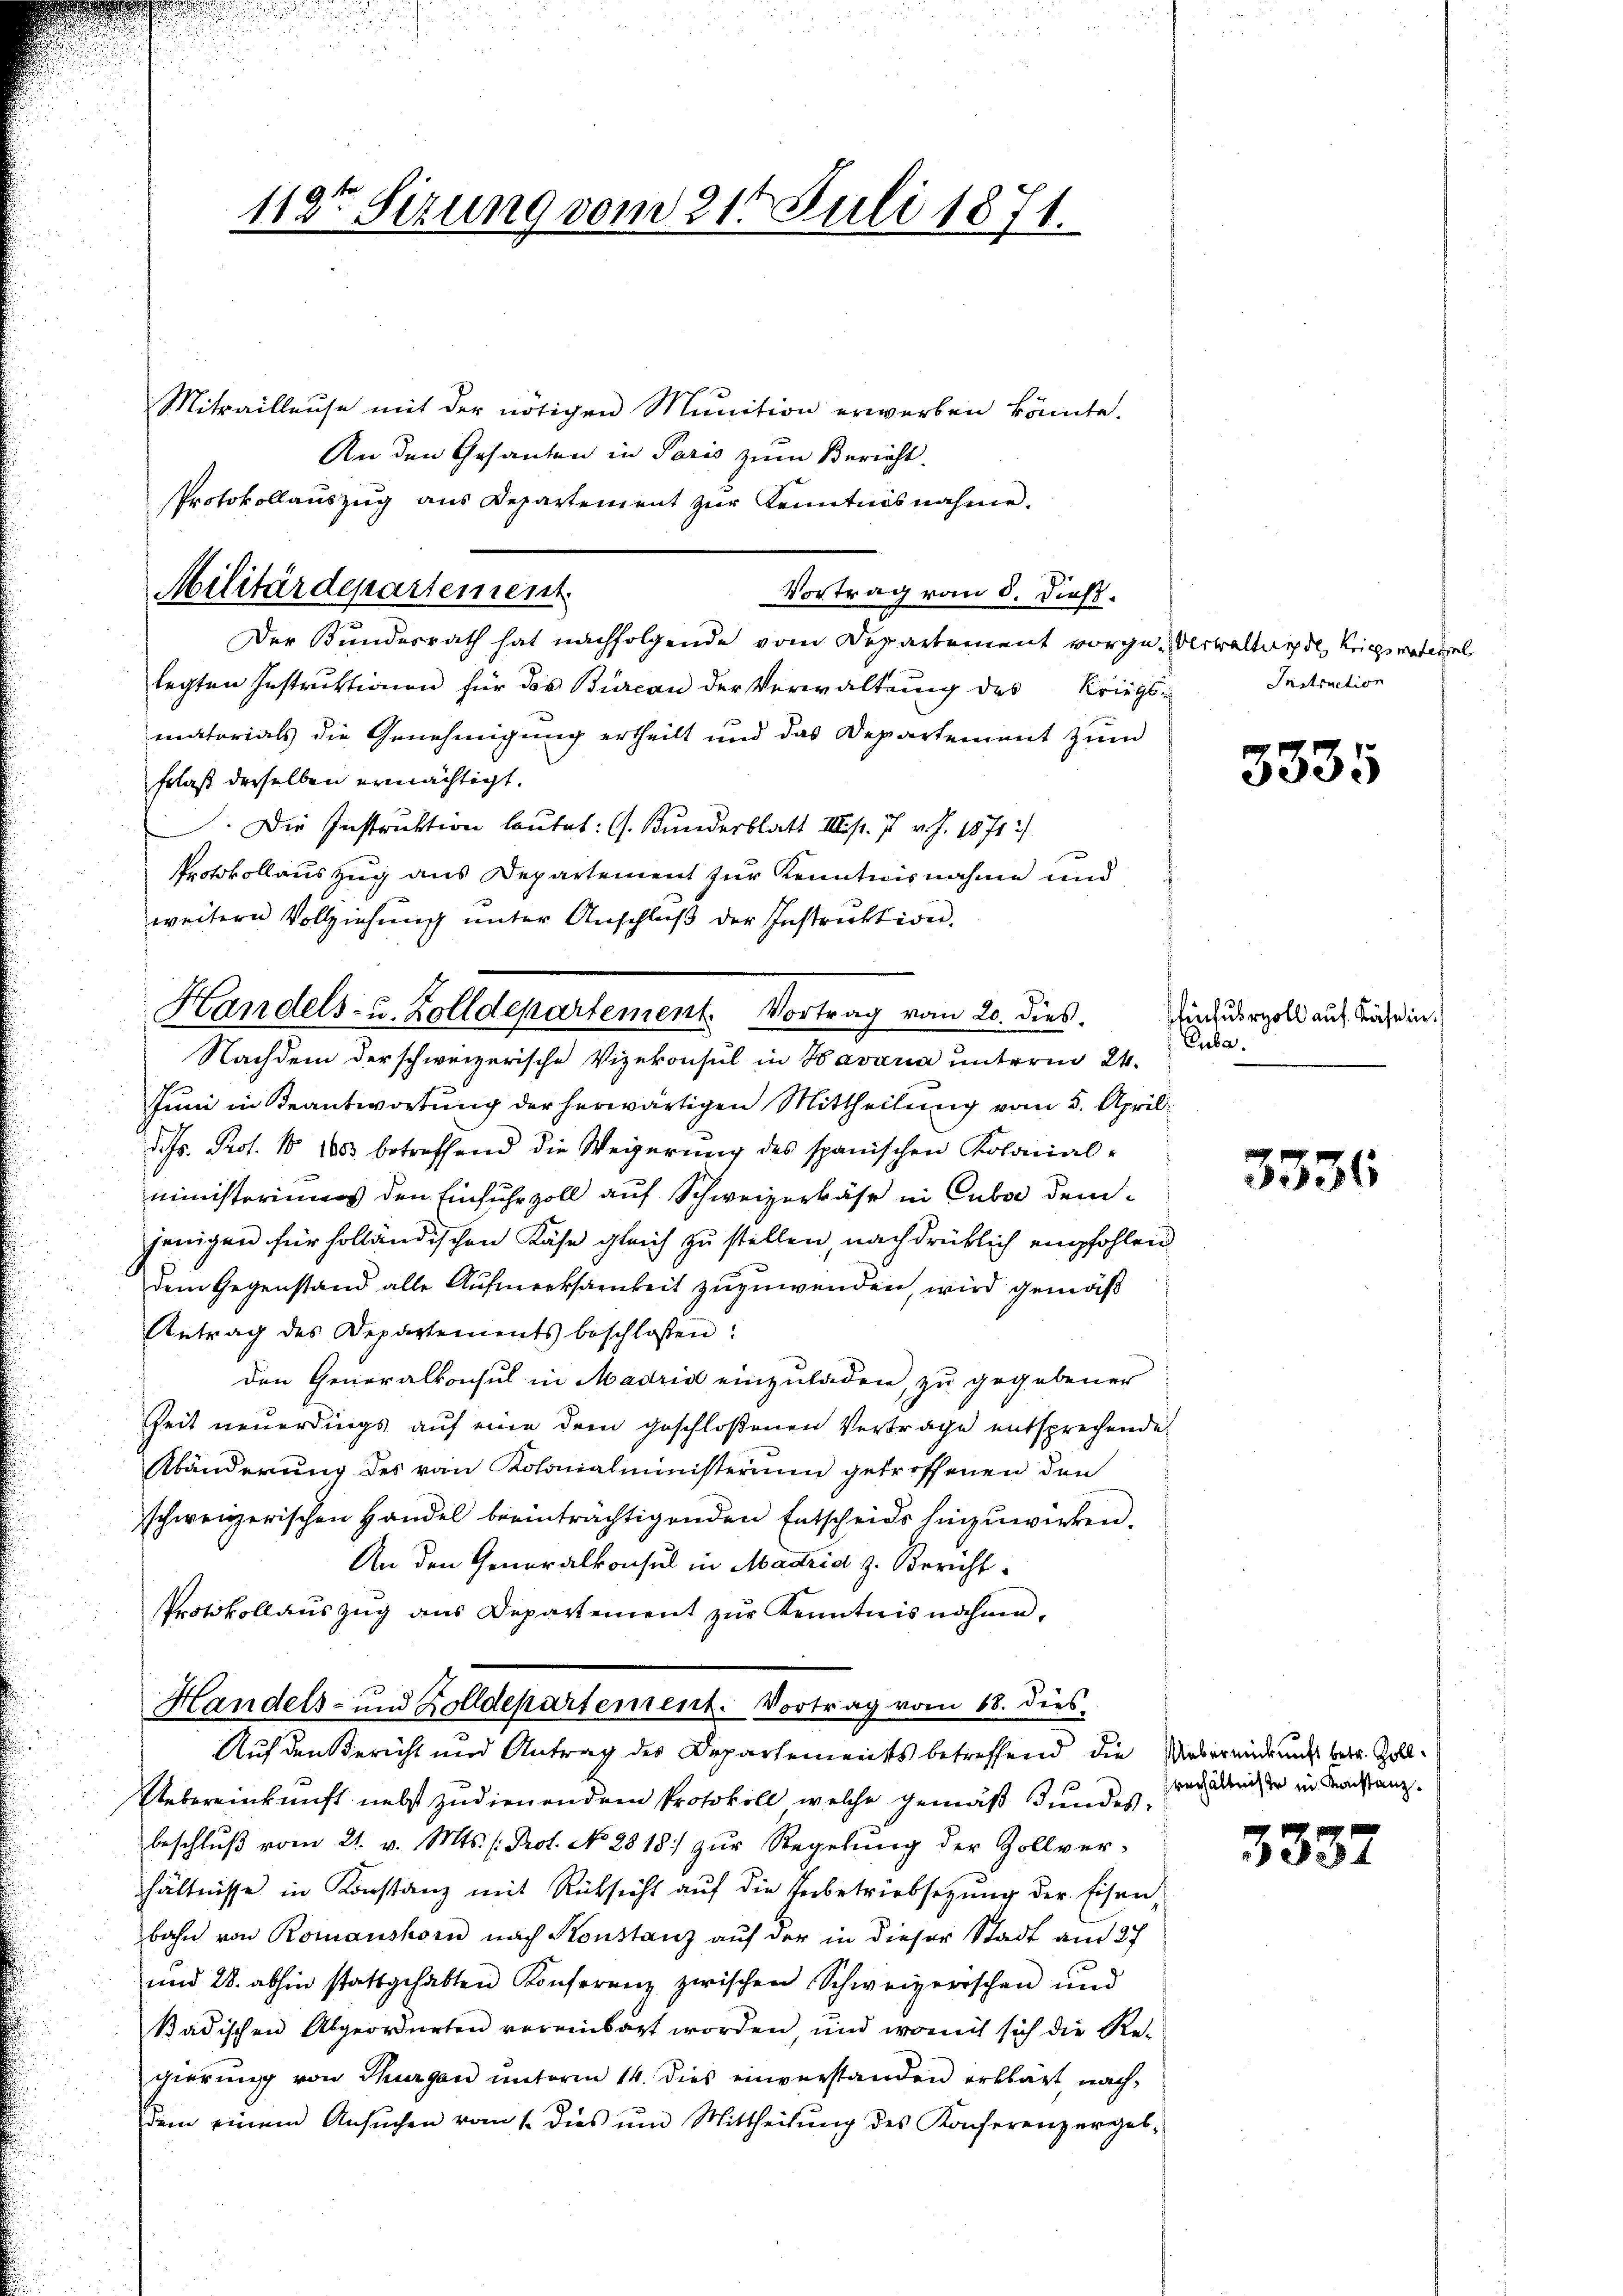
112ten Sizung vom 21t Juli 1871.

Mitrailleuse mit der nötigen Munition erwerben könnte.
An den Gesanten in Paris zum Bericht.
Vortrag vom 5. dieß.
Der Bundesrath hat nachfolgende vom Departement vorge-Verwaltunde, Kriegsrateriel
legten Instruktionen für das Bürcan der Verwaltung des Kriegs-
matorials die Genehmigung ertheilt und das Departement zum
Frlaß derselben ermächtigt.
.Die Instruktion lautet: (s. Bunderblatt II S. 7 v. J. 1871
Protokollauszug aus Departement zur Kenntnisnahme und
weitern Vollziehŭng ŭnter Anschlŭβ der Instruktion.
Nachdem der schweizerische Vizekonsul in Havaria unterm 24.
Juni in Beantwortung der herwärtigen Mittheilung vom 5. April
d. Js. Prof. No 1003 betreffend die Wegerung des spanischen Kolonial-
ministeriums den Einfuhrzoll auf Schweizerfähr in Cuber demjenigen für holländischen Käse gleich zu stellen, nachdrücklich empfohlen
dem Gegenstand alle Aufmerksamkeit zuzuwenden, wird gemäß
Antrag des Departements beschloßen:
den Generalkonsul in Madrid einzuladen, zu gegebener
Zeit neuerdings auf eine dem geschloßenen Vertrage entsprechende
Abänderung des von Kolonialministerium getroffenen den
sschweizerischen Handel beeinträchtigenden Entscheids hinzuwirken.
An den Generalkonsul in Madrid z. Bericht
Protokollauszug aus Departement zur Kenntnis nahme,
Handels- und Zolldepartement. Vortrag vom 18. dies-
Auf den Bericht und Antrag des Departements betreffend die Uebereinderung betr. Zoll¬
Uebereinkunft nebst zudienendem Protokoll, welche gemäß undesbeschlŭβ vom 21. v. Mts. /: Prot. No 2818) zŭr Regelŭng der Zollver-
hältnisse in Konstanz mit Rücksicht auf die Verbetriebsetzung der Eisenbahn von Romanshorn nach Konstanz auf der in dieser Stadt am 27
und 28. abhin stattgehabten Konferenz zwischen Schweizerischen und
kadischen Abgeordneten vereinbart worden, und womit sich die Re-
gierung von Thurgau unterm 14. dies einverstanden erklärt, nachdem einem Ansuchen vom 1. Dies um Mittheilung des Konferenz ergeb-

Protokollaŭszŭg ans Departement zŭr Kenntnisnahme.
Militärdepartement

Handels- u. Zolldepartement. Vortrag vom 20. dies.

Instruction

3335

infuhrzoll auf Käsein.
Cuba.

3336

verhältnisse in Konstanz.

3337